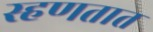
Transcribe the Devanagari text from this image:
स्हणतात